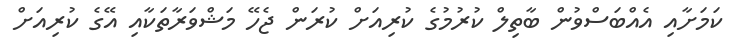
ކަމަށާއި އެއްބަސްވުން ބާތިލް ކުރުމުގެ ކުރިއަށް ކުރަން ޖެހޭ މަޝްވަރާތަކާއި އޭގެ ކުރިއަށް